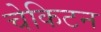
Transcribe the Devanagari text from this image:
चेकिटन